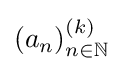
\left(a_{n}\right)_{n\in \mathbb {N} }^{(k)}